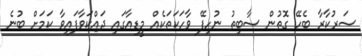
ސަރުކާރާ ބެހޭ ގޮތުން ސާބިތު ނުހިފޭ ވާހަކަތަކެއް މީޑިއާގައި ދައްކަވާފައިވާ ކަމަށް ބުނެ